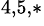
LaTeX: ^{4,5,*}